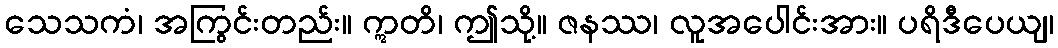
သေသကံ၊ အကြွင်းတည်း။ ဣတိ၊ ဤသို့။ ဇနဿ၊ လူအပေါင်းအား။ ပရိဒီပေယျ၊